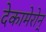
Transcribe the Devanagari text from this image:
देकामेरोन्